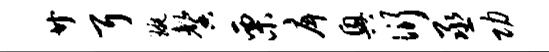
廿耳琬馨栗戽兴衍丞功